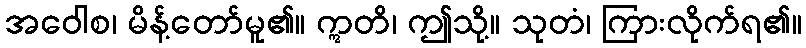
အဝေါစ၊ မိန့်တော်မူ၏။ ဣတိ၊ ဤသို့။ သုတံ၊ ကြားလိုက်ရ၏။